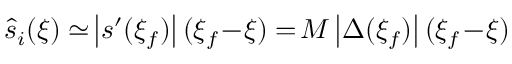
\hat { s } _ { i } ( \xi ) \simeq \! \left| s ^ { \prime } ( \xi _ { f } ) \right| ( \xi _ { f } \! - \! \xi ) = \! M \left| \Delta ( \xi _ { f } ) \right| ( \xi _ { f } \! - \! \xi )